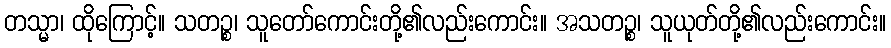
တသ္မာ၊ ထိုကြောင့်။ သတဉ္စ၊ သူတော်ကောင်းတို့၏လည်းကောင်း။ အသတဉ္စ၊ သူယုတ်တို့၏လည်းကောင်း။